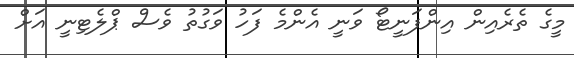
މީގެ ތެރެއިން އިންފަނީޓޯ ވަނީ އެންމެ ފަހު ވަގުތު ވެސް ޕްލެޓިނީ އަށް